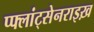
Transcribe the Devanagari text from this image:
प्फ्लांट्सेनराइख़